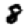
Digit: 8